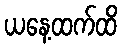
ယနေ့ထက်ထိ